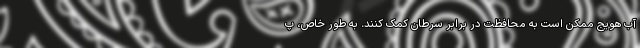
آب هویج ممکن است به محافظت در برابر سرطان کمک کنند. به طور خاص، پ